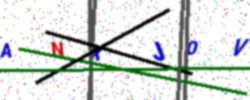
Text: ANXJ0V